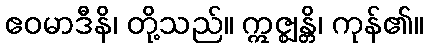
ဧဝမာဒီနိ၊ တို့သည်။ ဣဇ္ဈန္တိ၊ ကုန်၏။